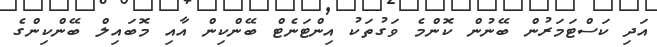
އަދި ކަސްޓަމަރުން ބޭނުން ކޮންމެ ވަގުތަކު އިންޓަނެޓް ބޭންކިން އާއި މޮބައިލް ބޭންކިންގެ